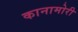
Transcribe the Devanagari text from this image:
कानामोरी